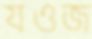
যওজ